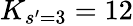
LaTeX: K_{s^{\prime}=3}=12